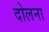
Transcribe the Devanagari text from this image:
दोलना